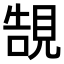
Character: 𧠼